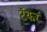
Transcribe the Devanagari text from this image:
टॅँकर